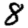
Digit: 8